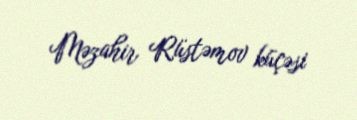
Məzahir Rüstəmov küçəsi